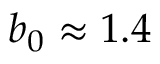
b _ { 0 } \approx 1 . 4